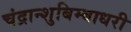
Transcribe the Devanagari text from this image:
चंद्रान्शुबिम्बाधरी